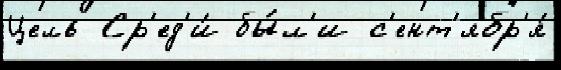
Цель Ср'ед'и́ бы́л'и с'ент'ябр'я́